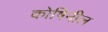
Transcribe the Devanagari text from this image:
कोषिनील